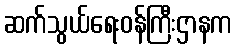
ဆက်သွယ်ရေးဝန်ကြီးဌာနက